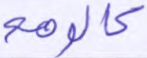
كالوهم